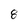
Character: 8